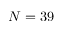
N = 3 9